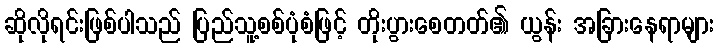
ဆိုလိုရင်းဖြစ်ပါသည် ပြည်သူ့စစ်ပုံစံဖြင့် တိုးပွားစေတတ်၏ ယွန်း အခြားနေရာများ